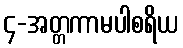
၄-အတ္တကာမပါစရိယ